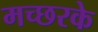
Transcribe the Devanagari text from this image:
मच्छरके